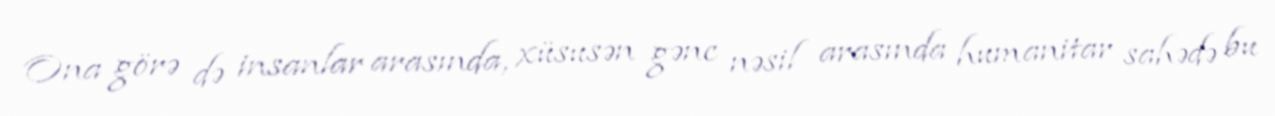
Ona görə də insanlar arasında, xüsusən gənc nəsil arasında humanitar sahədə bu